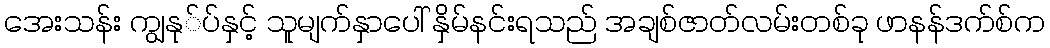
အေးသန်း ကျွနု်ပ်နှင့် သူမျက်နှာပေါ် နှိမ်နင်းရသည် အချစ်ဇာတ်လမ်းတစ်ခု ဖာနန်ဒက်စ်က